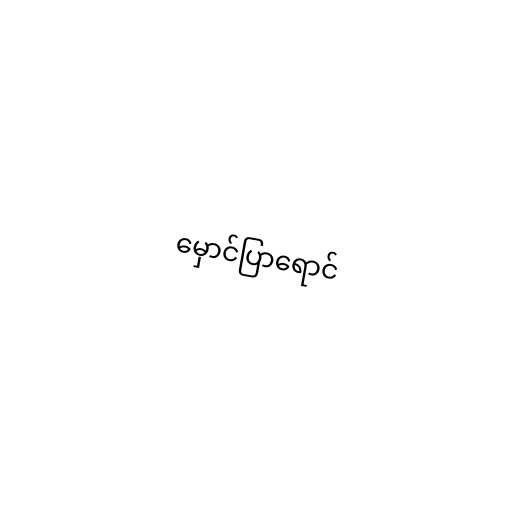
မှောင်ပြာရောင်